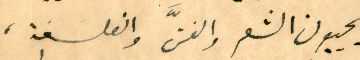
يحييون الشعر والفنَّ والفلسفة،